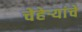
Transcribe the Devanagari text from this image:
चेहेऱ्यांचे